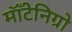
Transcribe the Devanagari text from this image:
मॉँटेनिग्रो